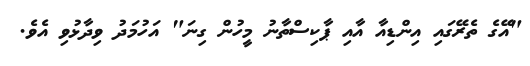
"އޭގެ ތެރޭގައި އިންޑިއާ އާއި ޕާކިސްތާނު މީހުން ގިނަ" އަހުމަދު ވިދާޅުވި އެވެ.